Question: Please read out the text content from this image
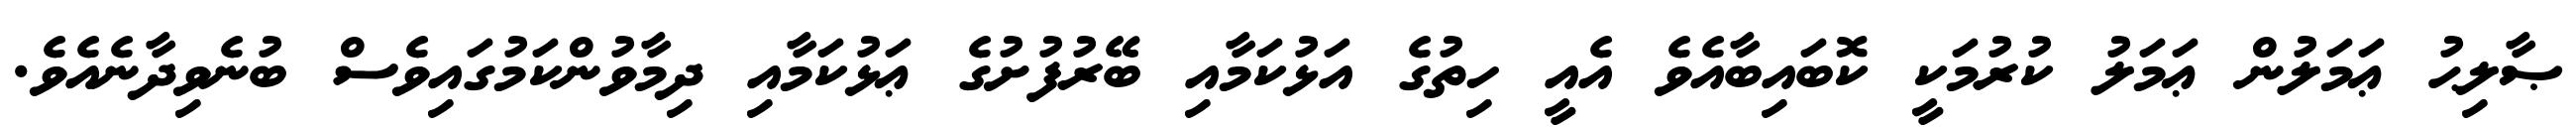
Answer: ޞާލިޙު ޢަމަލުން ޢަމަލު ކުރުމަކީ ކޮބައިބާއެވެ އެއީ ހިތުގެ އަޅުކަމާއި ބޭރުފުށުގެ ޢަޅުކަމާއި ދިމާވުންކަމުގައިވެސް ބުނެވިދާނެއެވެ.